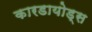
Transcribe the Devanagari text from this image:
कारडायोड्स